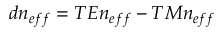
d n _ { e f f } = T E n _ { e f f } - T M n _ { e f f }